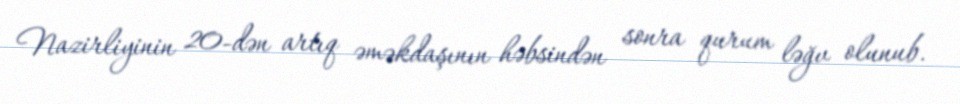
Nazirliyinin 20-dən artıq əməkdaşının həbsindən sonra qurum ləğv olunub.